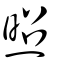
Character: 照